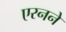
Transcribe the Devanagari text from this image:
एरनने